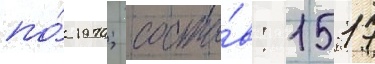
по́ 1970; соста́в: 1517